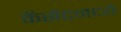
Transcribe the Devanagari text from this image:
कॅसेटमध्ये